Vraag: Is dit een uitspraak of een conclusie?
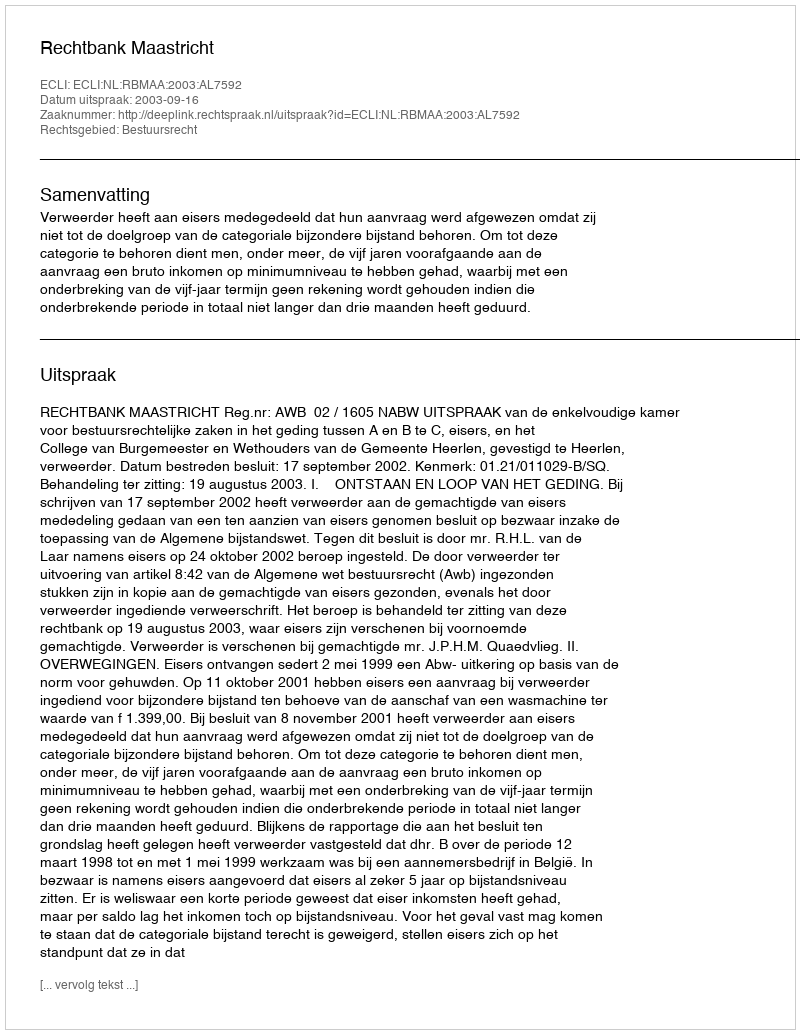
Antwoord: Uitspraak